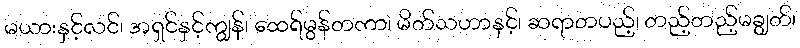
မယားနှင့်လင်၊ အရှင်နှင့်ကျွန်၊ ထေရ်မွန်တကာ၊ မိတ်သဟာနှင့်၊ ဆရာတပည့်၊ တည့်တည့်မချွတ်၊